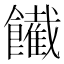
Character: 𩟙